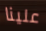
علينا